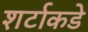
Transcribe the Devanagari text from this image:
शर्टाकडे